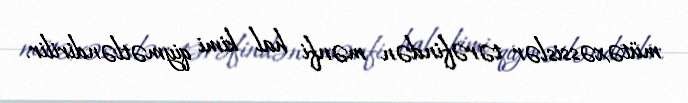
mütəxəssislər tərəfindən mənfi hal kimi qiymətləndirilir.